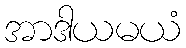
အာဒါယမယံ